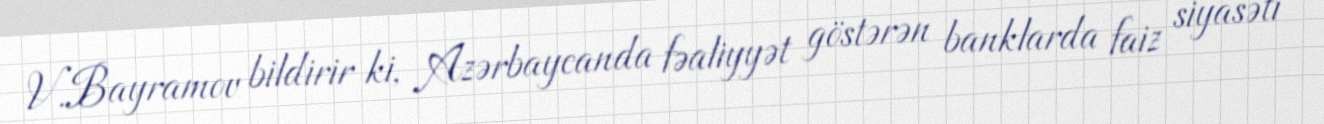
V.Bayramov bildirir ki, Azərbaycanda fəaliyyət göstərən banklarda faiz siyasəti